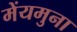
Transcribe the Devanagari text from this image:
मेंयमुना